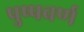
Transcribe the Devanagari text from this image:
पुष्पवर्ण